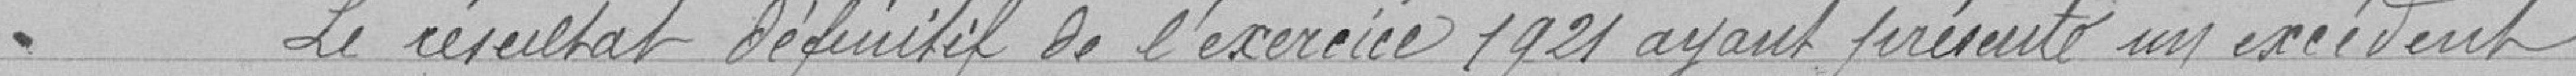
Le résultat définitif de l'exercice 1921 ayant présenté un excédent